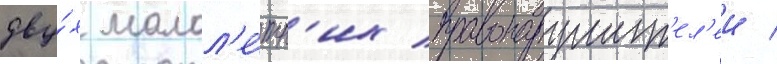
дву́х малол'е́тн'их правонарушит'ел'еи /